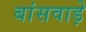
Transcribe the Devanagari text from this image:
बांसवाड़े